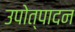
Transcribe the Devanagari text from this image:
उपोत्पादन